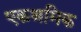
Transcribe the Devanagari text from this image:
एकश्रमिक